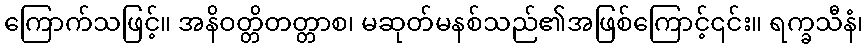
ကြောက်သဖြင့်။ အနိဝတ္တိတတ္တာစ၊ မဆုတ်မနစ်သည်၏အဖြစ်ကြောင့်၎င်း။ ရက္ခသီနံ၊